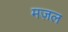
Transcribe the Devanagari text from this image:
मज़ल